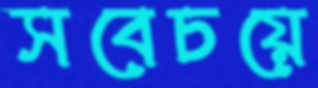
সবেচয়ে